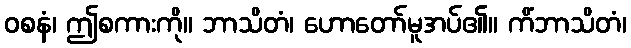
ဝစနံ၊ ဤစကားကို။ ဘာသိတံ၊ ဟောတော်မူအပ်၏။ ကိံဘာသိတံ၊